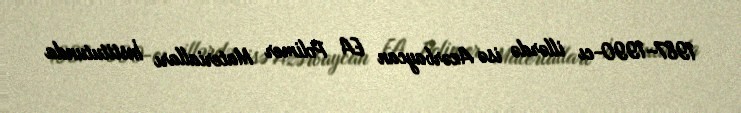
1987–1990-cı illərdə isə Azərbaycan EA Polimer Materialları İnstitutunda